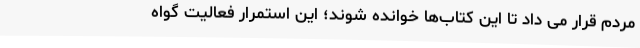
مردم قرار می داد تا این کتاب‌ها خوانده شوند؛ این استمرار فعالیت گواه